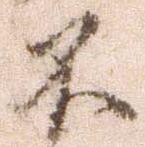
不